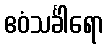
ဧဝံသင်္ခါရော